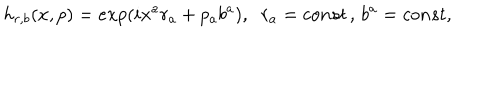
h _ { r , b } ( x , p ) = e x p ( i x ^ { a } r _ { a } + p _ { a } b ^ { a } ) , \; \; r _ { a } = c o n s t \, , \, b ^ { a } = c o n s t ,